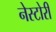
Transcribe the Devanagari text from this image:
नेस्टोरी